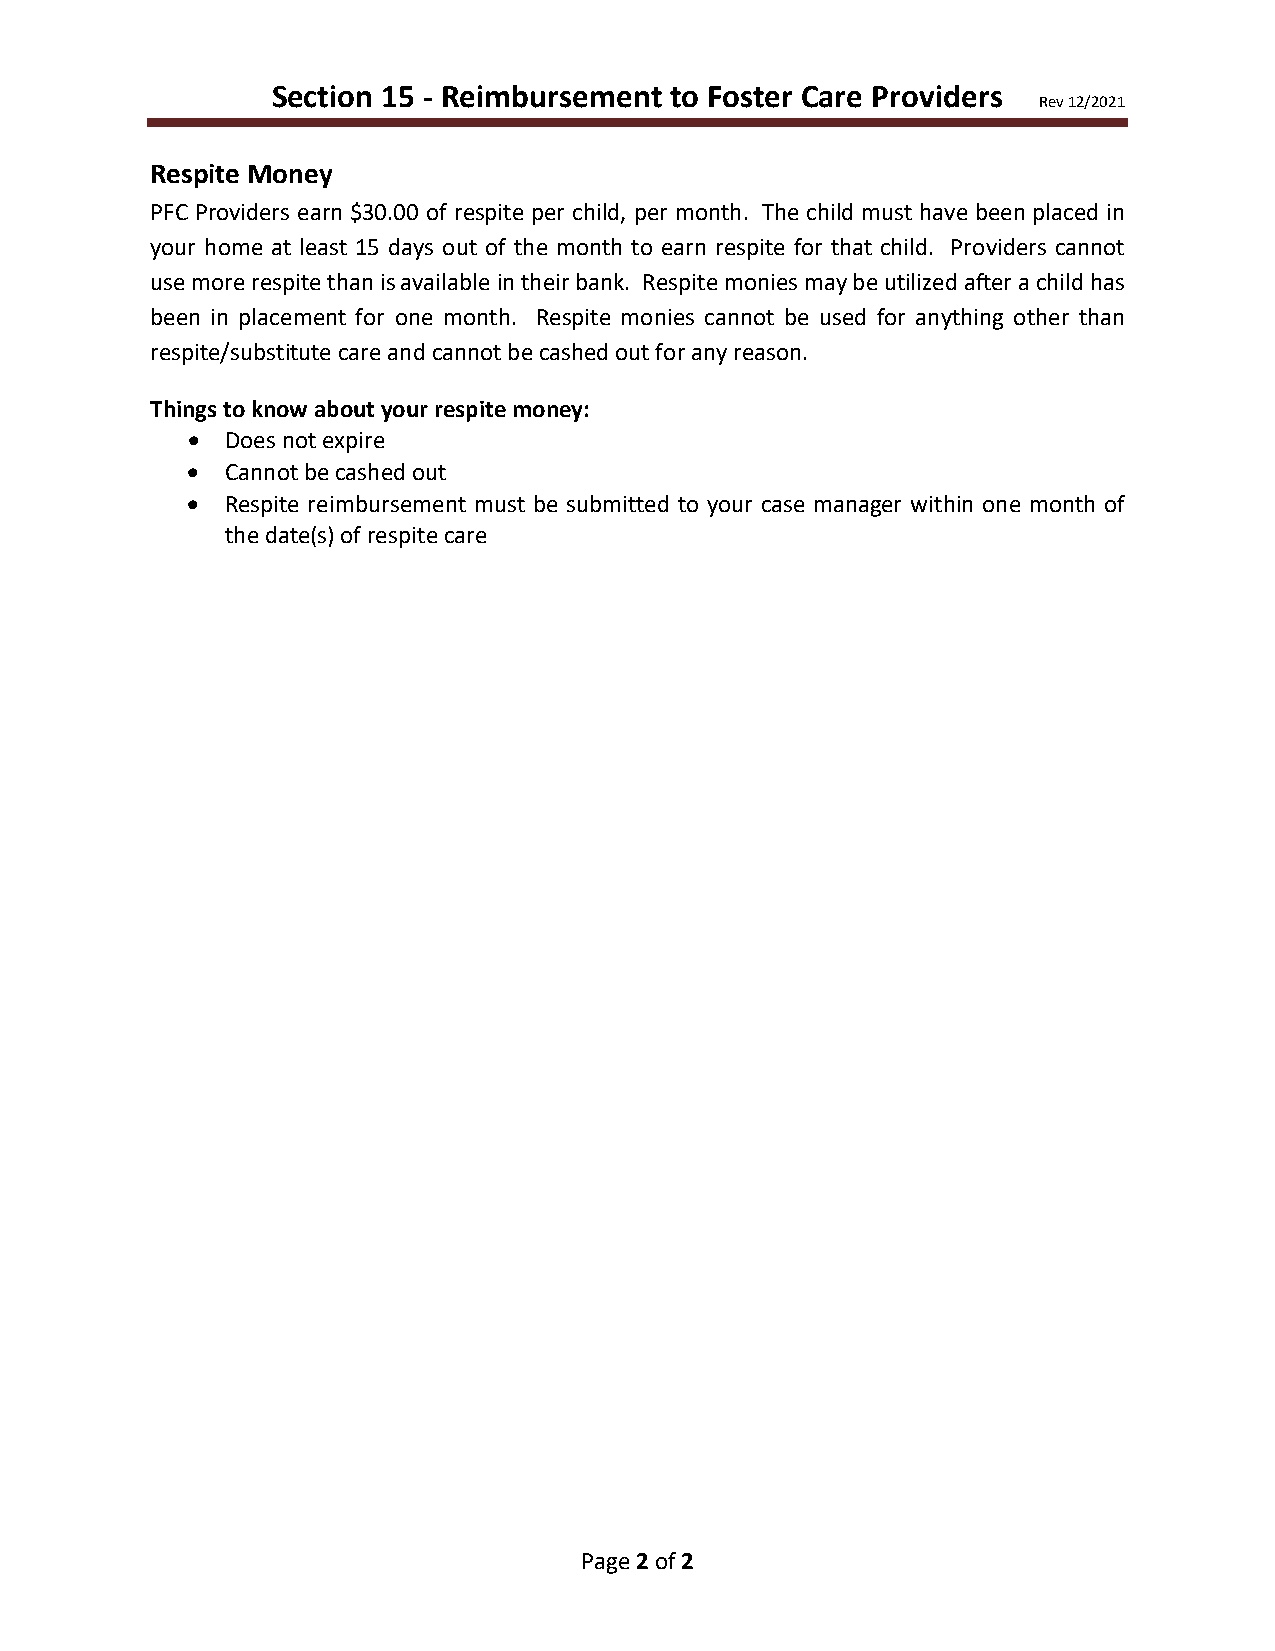
Section 15 - Reimbursement to Foster Care Providers
 Rev 12/2021
 Respite Money
 PFC Providers earn $30.00 of respite per child, per month. The child must have been placed in
 your home at least 15 days out of the month to earn respite for that child. Providers cannot
 use more respite than is available in their bank. Respite monies may be utilized after a child has
 been in placement for one month. Respite monies cannot be used for anything other than
 respite/substitute care and cannot be cashed out for any reason.
 Things to know about your respite money:
 •  Does not expire
 •  Cannot be cashed out
 •  Respite reimbursement must be submitted to your case manager within one month of
 the date(s) of respite care
 Page 2 of 2